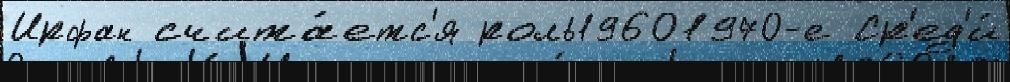
Ирфан счита́етс'я роль19601970-е Ср'ед'и́